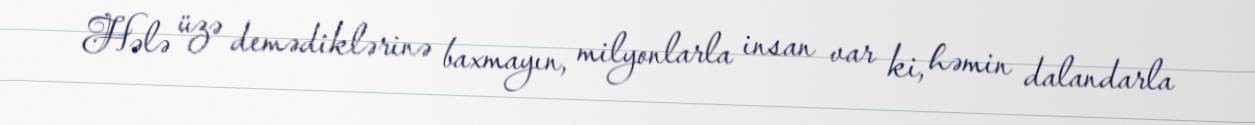
Hələ üzə demədiklərinə baxmayın, milyonlarla insan var ki, həmin dalandarla